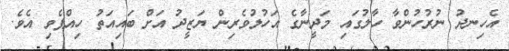
އެހިނދު ނުރުހުންވާ ހާލުގައި މަދީނާގެ އަހުލުވެރިން ޔަޒީދު އަށް ބައިއަތު ހިއްޕެވި އެވެ.